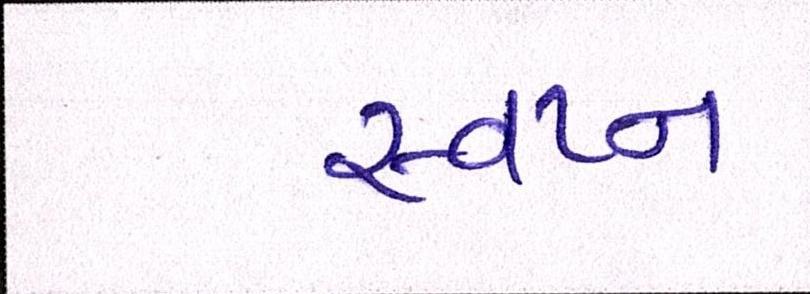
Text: સ્વપ્ન